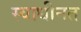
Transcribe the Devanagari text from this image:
स्वाधीनत